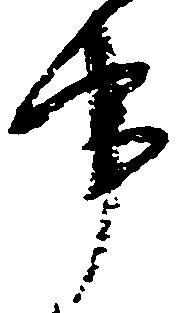
事